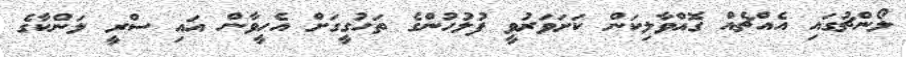
ލޯންޗުގައި އެއްޗެއް ގޮއްވާލިކަން ކަށަވަރުވީ ފުލުހުންގެ ތަހުގީގަށް އެހީވާން އައި ސްރީ ލަންކާގެ